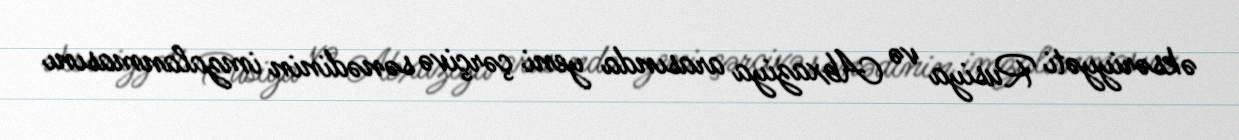
əksəriyyəti Rusiya və Abxaziya arasında yeni çərçivə sənədinin imzalanmasını